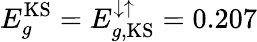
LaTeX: E_{g}^{\mathrm{KS}}=E_{g,\mathrm{KS}}^{\downarrow\uparrow}=0.207